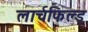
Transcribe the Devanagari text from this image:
लार्चफिल्ड